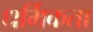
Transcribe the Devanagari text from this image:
धर्मिकता